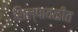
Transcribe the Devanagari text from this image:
शिल्पावळीत